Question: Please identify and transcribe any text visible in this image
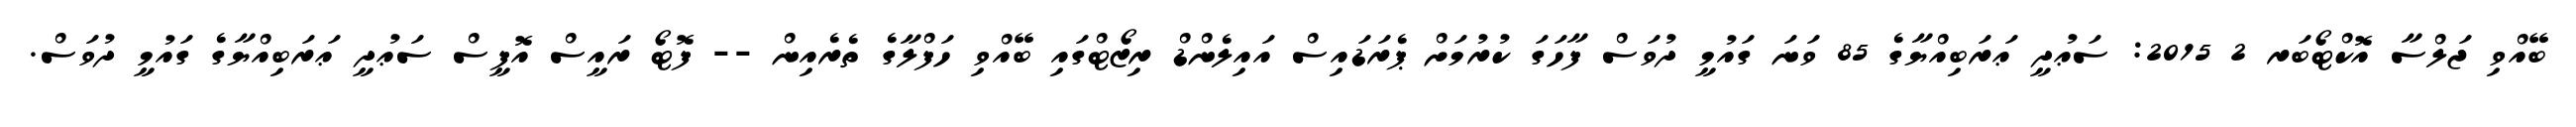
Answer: ބޭއްވި ޖަލްސާ އޮކްޓޯބަރ 2 2015: ސަޢުދީ ޢަރަބިއްޔާގެ 85 ވަނަ ގައުމީ ދުވަސް ފާހަގަ ކުރުމަށް ޕެރަޑައިސް އައިލެންޑް ރިޒޯޓްގައި ބޭއްވި ހަފްލާގެ ތެރެއިން -- ފޮޓޯ ރައީސް އޮފީސް ސަޢުދީ ޢަރަބިއްޔާގެ ގައުމީ ދުވަސް.